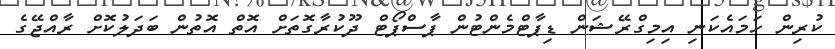
ކުރިން ހަމައެކަނި އިމިގްރޭޝަން ޑިޕާޓްމެންޓުން ޕާސްޕޯޓް ދޫކުރާގޮތަށް އޮތް އޮތުން ބަދަލުކޮށް ރާއްޖޭގެ